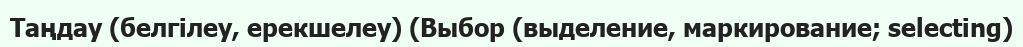
Таңдау (белгілеу, ерекшелеу) (Выбор (выделение, маркирование; selecting)